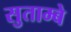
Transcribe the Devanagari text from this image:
सुताम्बे